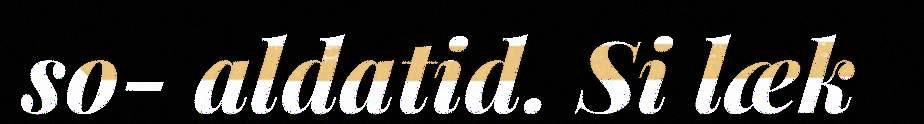
so- aldatid. Si læk